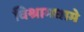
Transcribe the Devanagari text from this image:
विश्रामधामे